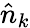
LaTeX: \hat{n}_{k}